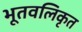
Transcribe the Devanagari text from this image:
भूतवलिकृत